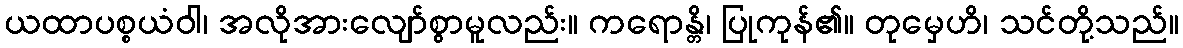
ယထာပစ္စယံဝါ၊ အလိုအားလျော်စွာမူလည်း။ ကရောန္တိ၊ ပြုကုန်၏။ တုမှေဟိ၊ သင်တို့သည်။